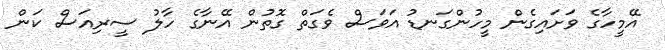
އޭމީހާގެ ވަށައިގެން މީހުންގަނޑު އަވަސް ވެގަތް ގޮތުން އޭނާގެ ހާލު ސީރިއަސް ކަން